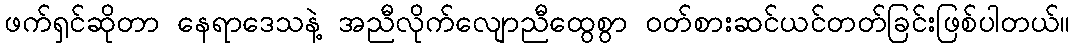
ဖက်ရှင်ဆိုတာ နေရာဒေသနဲ့ အညီလိုက်လျောညီထွေစွာ ဝတ်စားဆင်ယင်တတ်ခြင်းဖြစ်ပါတယ်။